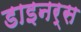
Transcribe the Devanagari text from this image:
डाइनर्स